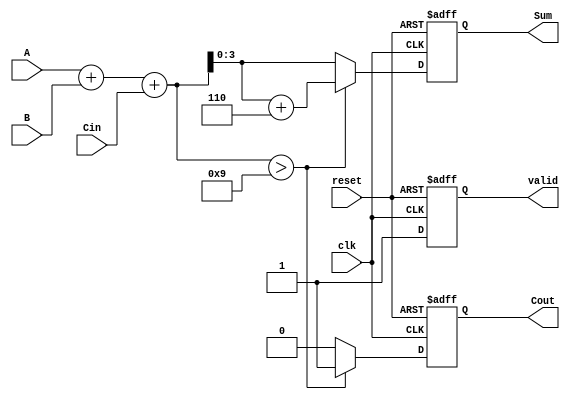
module BCD_Sequential_Adder (
    input [3:0] A,        // BCD digit A
    input [3:0] B,        // BCD digit B
    input Cin,            // Carry-in from the previous digit addition
    input clk,            // Clock signal
    input reset,          // Reset signal
    output reg [3:0] Sum, // BCD Result
    output reg Cout,      // Carry-out for the next digit addition
    output reg valid      // Valid output signal
);

  reg [4:0] temp_sum;    // Temporary 5-bit sum to hold A + B + Cin

  always @(posedge clk or posedge reset) begin
    if (reset) begin
      Sum <= 4'd0;         // Reset Sum to 0
      Cout <= 1'b0;        // Reset Carry-out
      valid <= 1'b0;       // Reset valid signal
    end else begin
      // Compute the sum of A, B and the carry-in
      temp_sum = A + B + Cin;
      
      // Check if correction is needed
      if (temp_sum > 4'd9) begin
        Sum <= temp_sum + 4'd6; // BCD correction
        Cout <= 1'b1;            // Set carry-out
      end else begin
        Sum <= temp_sum[3:0];    // No correction needed
        Cout <= 1'b0;            // No carry-out
      end
      
      valid <= 1'b1; // Indicate that the result is valid
    end
  end

endmodule